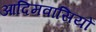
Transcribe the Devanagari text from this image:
आदिमवासियों